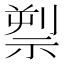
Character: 𥚘